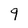
Character: 9